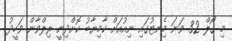
މި ގޯލް 32 ވަނަ މިެނޓުގައި ނިއުއަށް ކާމިޔާބު ކޮށްދިނީ ރިލްވާން ވަހީދު